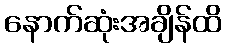
နောက်ဆုံးအချိန်ထိ